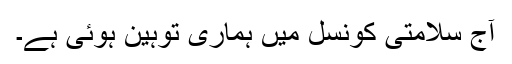
آج سلامتی کونسل میں ہماری توہین ہوئی ہے۔